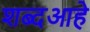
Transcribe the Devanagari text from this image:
शब्दआहे